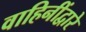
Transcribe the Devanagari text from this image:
वाहिनींद्वारे